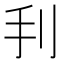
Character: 𢩬